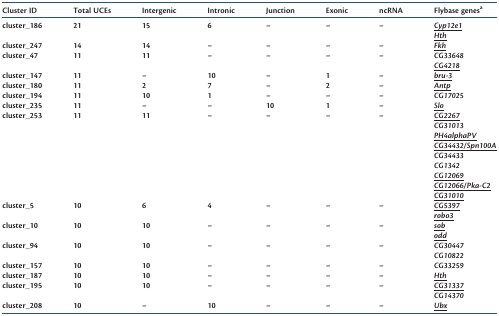
<table><thead><tr><td><b>Cluster ID</b></td><td><b>Total UCEs</b></td><td><b>Intergenic</b></td><td><b>Intronic</b></td><td><b>Junction</b></td><td><b>Exonic</b></td><td><b>ncRNA</b></td><td><b>Flybase genes<sup>a</sup></b></td></tr></thead><tbody><tr><td rowspan="2">cluster_186</td><td rowspan="2">21</td><td rowspan="2">15</td><td rowspan="2">6</td><td rowspan="2">–</td><td rowspan="2">–</td><td rowspan="2">–</td><td><underline><i>Cyp12e1</i></underline></td></tr><tr><td><underline><i>Hth</i></underline></td></tr><tr><td>cluster_247</td><td>14</td><td>14</td><td>–</td><td>–</td><td>–</td><td>–</td><td><underline><i>Fkh</i></underline></td></tr><tr><td rowspan="2">cluster_47</td><td rowspan="2">11</td><td rowspan="2">11</td><td rowspan="2">–</td><td rowspan="2">–</td><td rowspan="2">–</td><td rowspan="2">–</td><td><i>CG33648</i></td></tr><tr><td><underline><i>CG4218</i></underline></td></tr><tr><td>cluster_147</td><td>11</td><td>–</td><td>10</td><td>–</td><td>1</td><td>–</td><td><underline><i>bru-3</i></underline></td></tr><tr><td>cluster_180</td><td>11</td><td>2</td><td>7</td><td>–</td><td>2</td><td>–</td><td><underline><i>Antp</i></underline></td></tr><tr><td>cluster_194</td><td>11</td><td>10</td><td>1</td><td>–</td><td>–</td><td>–</td><td><i>CG17025</i></td></tr><tr><td>cluster_235</td><td>11</td><td>–</td><td>–</td><td>10</td><td>1</td><td>–</td><td><underline><i>Slo</i></underline></td></tr><tr><td rowspan="9">cluster_253</td><td rowspan="9">11</td><td rowspan="9">11</td><td rowspan="9">–</td><td rowspan="9">–</td><td rowspan="9">–</td><td rowspan="9">–</td><td><underline><i>CG2267</i></underline></td></tr><tr><td><i>CG31013</i></td></tr><tr><td><underline><i>PH4alphaPV</i></underline></td></tr><tr><td><underline><i>CG34432/Spn100A</i></underline></td></tr><tr><td><i>CG34433</i></td></tr><tr><td><i>CG1342</i></td></tr><tr><td><underline><i>CG12069</i></underline></td></tr><tr><td><underline><i>CG12066/Pka-C2</i></underline></td></tr><tr><td><underline><i>CG31010</i></underline></td></tr><tr><td rowspan="2">cluster_5</td><td rowspan="2">10</td><td rowspan="2">6</td><td rowspan="2">4</td><td rowspan="2">–</td><td rowspan="2">–</td><td rowspan="2">–</td><td><underline><i>CG5397</i></underline></td></tr><tr><td><underline><i>robo3</i></underline></td></tr><tr><td rowspan="2">cluster_10</td><td rowspan="2">10</td><td rowspan="2">10</td><td rowspan="2">–</td><td rowspan="2">–</td><td rowspan="2">–</td><td rowspan="2">–</td><td><underline><i>sob</i></underline></td></tr><tr><td><underline><i>odd</i></underline></td></tr><tr><td rowspan="2">cluster_94</td><td rowspan="2">10</td><td rowspan="2">10</td><td rowspan="2">–</td><td rowspan="2">–</td><td rowspan="2">–</td><td rowspan="2">–</td><td><i>CG30447</i></td></tr><tr><td><i>CG10822</i></td></tr><tr><td>cluster_157</td><td>10</td><td>10</td><td>–</td><td>–</td><td>–</td><td>–</td><td><i>CG33259</i></td></tr><tr><td>cluster_187</td><td>10</td><td>10</td><td>–</td><td>–</td><td>–</td><td>–</td><td><underline><i>Hth</i></underline></td></tr><tr><td rowspan="2">cluster_195</td><td rowspan="2">10</td><td rowspan="2">10</td><td rowspan="2">–</td><td rowspan="2">–</td><td rowspan="2">–</td><td rowspan="2">–</td><td><underline><i>CG31337</i></underline></td></tr><tr><td><i>CG14370</i></td></tr><tr><td>cluster_208</td><td>10</td><td>–</td><td>10</td><td>–</td><td>–</td><td>–</td><td><underline><i>Ubx</i></underline></td></tr></tbody></table>